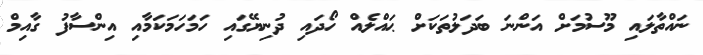
ނައްތާލައި މޫސުމަށް އަންނަ ބަދަލުތަކަށް ޙައްލެއް ހޯދައި ދުނިޔޭގައި ހަމަހަމަކަމާއި އިންސާފު ގާއިމް